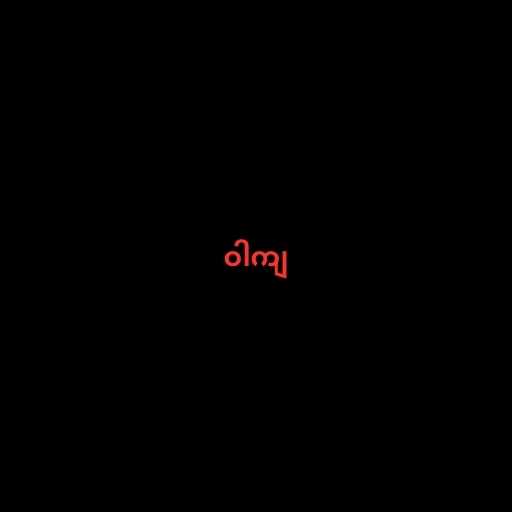
ဝါကျ